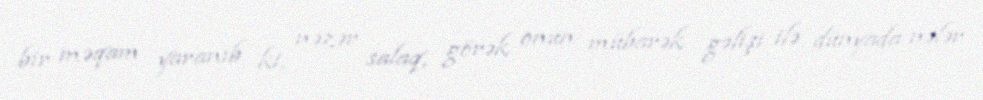
bir məqam yaranıb ki, nəzər salaq, görək onun mübarək gəlişi ilə dünyada nələr